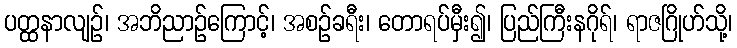
ပတ္ထနာလျဉ်၊ အဘိညာဉ်ကြောင့်၊ အစဉ်ခရီး၊ တောရပ်မှီး၍၊ ပြည်ကြီးနဂိုရ်၊ ရာဇဂြိုဟ်သို့၊